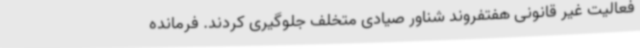
فعالیت غیر قانونی هفتفروند شناور صیادی متخلف جلوگیری کردند. فرمانده